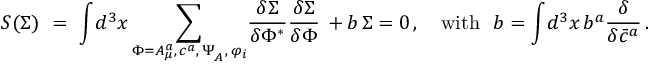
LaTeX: { \cal S } ( \Sigma ) \, \, = \, \, \displaystyle { \int } d ^ { 3 } x \, \displaystyle { \sum _ { \Phi = A _ { \mu } ^ { a } , \, c ^ { a } , \, \Psi _ { _ A } , \, \varphi _ { i } } ^ { } } { \displaystyle { \frac { \delta \Sigma } { \delta \Phi ^ { * } } } } { \displaystyle { \frac { \delta \Sigma } { \delta \Phi } } } \, + b \, \Sigma = 0 \, , \quad \mathrm { w i t h ~ } \ b = \displaystyle { \int } d ^ { 3 } x \, b ^ { a } { { \displaystyle { \frac { \delta } { \delta \bar { c } ^ { a } } } } } \, .